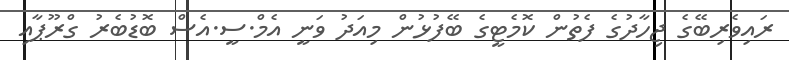
ރައިވެރިބޭގެ ޖިހާދުގެ ފެތުން ކޮމެޓީގެ ބޭފުޅުން މިއަދު ވަނީ އެމް.ސީ.އެސް ބޮޑުބެރު ގްރޫޕާއި